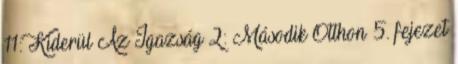
11: Kiderül Az Igazság 2: Második Otthon 5. fejezet